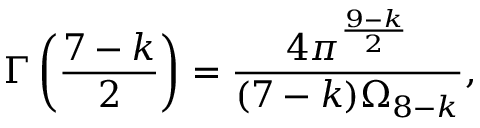
\Gamma \left( \frac { 7 - k } { 2 } \right) = \frac { 4 \pi ^ { \frac { 9 - k } { 2 } } } { ( 7 - k ) \Omega _ { 8 - k } } ,